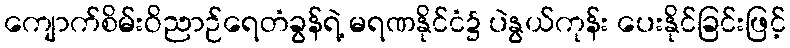
ကျောက်စိမ်းဝိညာဉ်ရေတံခွန်ရဲ့ မရဏနိုင်ငံ၌ ပဲနွယ်ကုန်း ပေးနိုင်ခြင်းဖြင့်